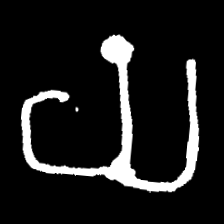
Pyu character \u2014 Myanmar letter: ယ (romanized: ya)